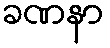
ခဏနာ